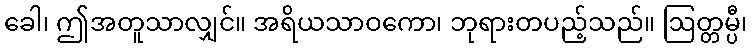
ခေါ၊ ဤအတူသာလျှင်။ အရိယသာဝကော၊ ဘုရားတပည့်သည်။ ဩတ္တမ္ပီ၊